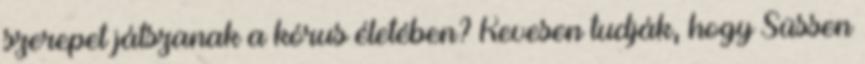
szerepet játszanak a kórus életében? Kevesen tudják, hogy Süssen